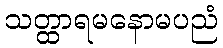
သတ္ထာရမနောမပညံ